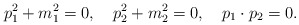
\begin{align*}p_1^2+m_1^2=0,\quad p_2^2+m_2^2=0,\quad p_1\cdot p_2=0.\end{align*}